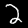
Label: 2